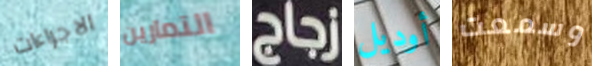
الاجراءات التمارين زجاج أوديل وسمعت